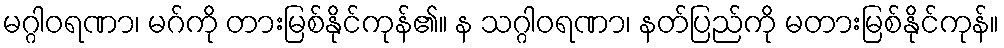
မဂ္ဂါဝရဏာ၊ မဂ်ကို တားမြစ်နိုင်ကုန်၏။ န သဂ္ဂါဝရဏာ၊ နတ်ပြည်ကို မတားမြစ်နိုင်ကုန်။